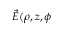
{ \vec { E } } ( \rho , z , \phi